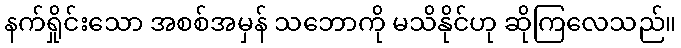
နက်ရှိုင်းသော အစစ်အမှန် သဘောကို မသိနိုင်ဟု ဆိုကြလေသည်။